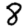
Digit: 8